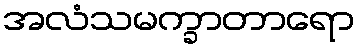
အလံသမက္ခာတာရော